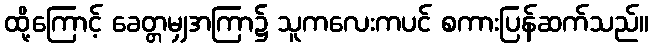
ထို့ကြောင့် ခေတ္တမျှအကြာ၌ သူကလေးကပင် စကားပြန်ဆက်သည်။